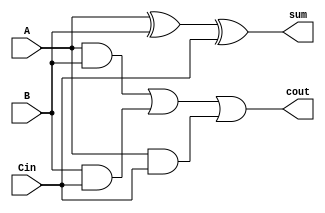
`timescale 1ns / 1ps
module full_adder(
    input wire A,
    input wire B,
    input wire Cin,
    output wire sum,
    output wire cout
    );
    
    assign sum = A ^ B ^ Cin;
    assign cout = (A & B) | (B & Cin) | (A & Cin);
    
endmodule